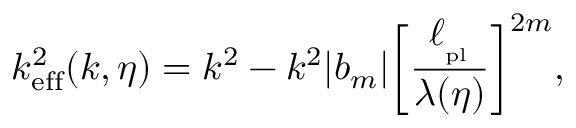
k _ { \mathrm { e f f } } ^ { 2 } ( k , \eta ) = k ^ { 2 } - k ^ { 2 } \vert b _ { m } \vert \biggl [ { \frac { \ell _ { _ \mathrm { p l } } } { \lambda ( \eta ) } } \biggr ] ^ { 2 m } ,